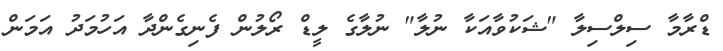
ޑްރާމާ ސިލްސިލާ "ޝަކުވާއަކާ ނުލާ" ނުލާގެ ލީޑް ރޯލުން ފެނިގެންދާ އަހުމަދު އަމަން